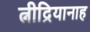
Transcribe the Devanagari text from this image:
त्नीद्रियानाह